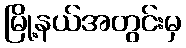
မြို့နယ်အတွင်းမှ